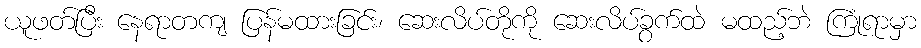
ယူဖတ်ပြီး နေရာတကျ ပြန်မထားခြင်း၊ ဆေးလိပ်တိုကို ဆေးလိပ်ခွက်ထဲ မထည့်ဘဲ ကြုံရာမှာ